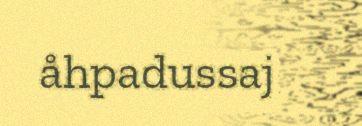
åhpadussaj